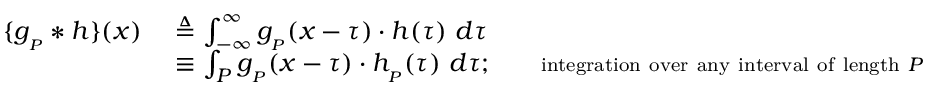
{ \begin{array} { r l } { \{ g _ { _ { P } } * h \} ( x ) \ } & { \triangleq \int _ { - \infty } ^ { \infty } g _ { _ { P } } ( x - \tau ) \cdot h ( \tau ) \ d \tau } \\ & { \equiv \int _ { P } g _ { _ { P } } ( x - \tau ) \cdot h _ { _ { P } } ( \tau ) \ d \tau ; \quad \quad \scriptstyle { \mathrm { i n t e g r a t i o n ~ o v e r ~ a n y ~ i n t e r v a l ~ o f ~ l e n g t h ~ } } P } \end{array} }